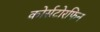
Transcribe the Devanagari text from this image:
कोर्सटोरफिन